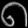
Digit: ၈